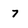
Character: 7